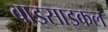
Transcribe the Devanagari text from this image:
बाइसाइकल